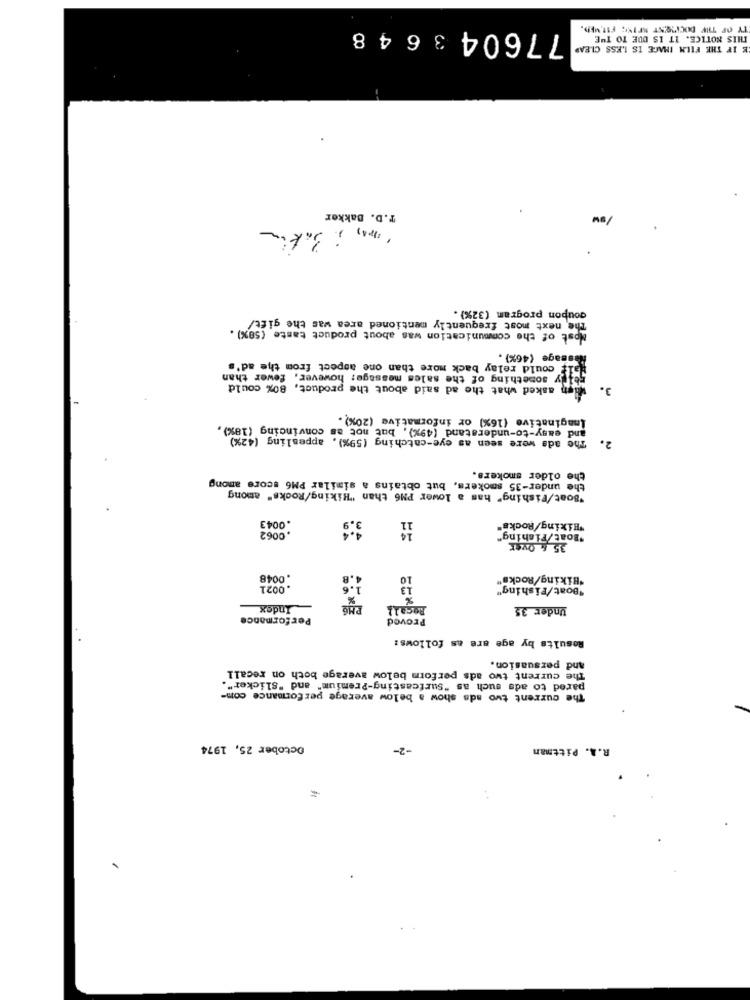
TY OF THE DOCHSENT AFIN; FIT,MED.
7760436 48
THIS NOTICE. IT IS DUE TO THE
E IF THE FILM IMAGE IS LESS CLEAR
T.D. Bakker
coupon program (32%).
The next most frequently mentioned area was the gift/
Most of the communication was about product taste (58%).
ssage (46%) .
could relay back more than one aspect from the ad's
something of the sales message; however, fewer than
asked what the ad said about the product, 80% could
3.
Imaginative (16%) or informative (20%) .
and easy-to-understand (49%), but not as convincing (18%),
The ada were seen as eye-catching (59%), appealing (42%)
2.
older smokers.
under-35 smokers, but obtains a similar PM6 score among
the
the
"Boat/Fishing" has a lower PM6 than "Hiking/Rocks" among
.0062
0043
11
"Hiking/Rocks"
at/Fiching"
.0048
10
"Biking/Rocks"
0021
13
"Boat/Fishing"
Index
Recall
Under 35
Performance
Proved
Results by age are as follows:
And persuasion.
The current two ads perform below average both on recall
pared to ads such as "surfcasting-Premium" and "Slicker".
The current two ads show a below average performance com-
October 25, 1974
-2-
R.A. Pittman